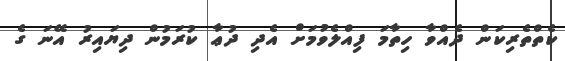
ކެތްތެރިކަން ދެއްވާ ހިތާމަ ފިއްލެވުމަށް އެދި ދުޢާ ކުރަމުން ދިޔައިރު އޭނަ ގެ